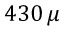
4 3 0 \, \mu